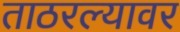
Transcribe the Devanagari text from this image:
ताठरल्यावर